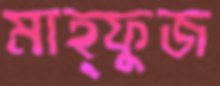
মাহ্ফুজ